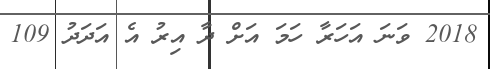
2018 ވަނަ އަހަރާ ހަމަ އަށް ދާ އިރު އެ އަދަދު 109